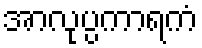
အာလုပ္ပကာရကံ